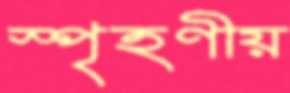
স্পৃহণীয়